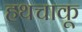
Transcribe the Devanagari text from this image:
हथचाकू